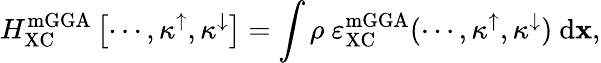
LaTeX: H_{\mathrm{XC}}^{\mathrm{mGGA}}\left[\cdots,\kappa^{\uparrow},\kappa^{\downarrow}\right]=\int{\rho\ \varepsilon_{\mathrm{XC}}^{\mathrm{mGGA}}(\cdots,\kappa^{\uparrow},\kappa^{\downarrow})\ \mathrm{d}{\mathbf x}},